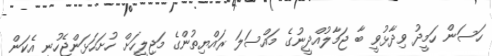
ހަސަން ހަމީދު ވިދާޅުވީ ބާ ޖަމާލުއްދީނުގެ މައްސަލަ ރައްޔިތުންގެ މަޖިލީހަށް ހުށަހަޅަންޖެހުނީ އެކަން